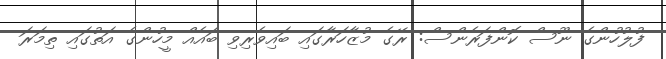
ފުލުހުންގެ ނޫސް ކޮންފަރެންސް: ރޭގެ މުޒާހަރާގައި ބައިވެރިވި ބައެއް މީހުންގެ އަތުގައި ތިމަރަ